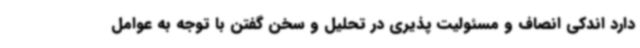
دارد اندکی انصاف و مسئولیت پذیری در تحلیل و سخن گفتن با توجه به عوامل